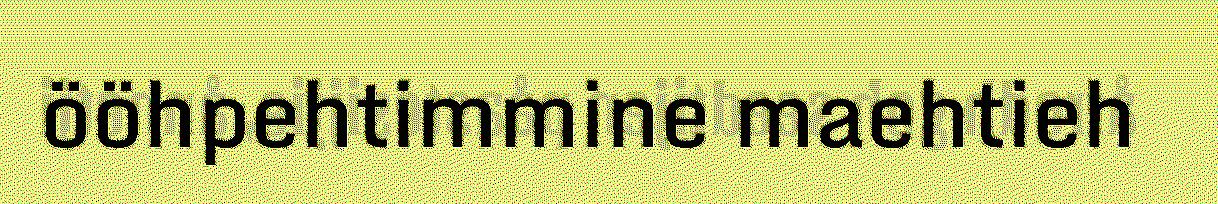
ööhpehtimmine maehtieh